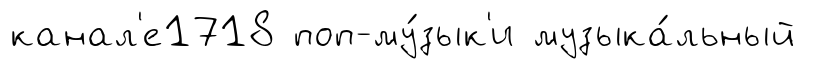
канал'е1718 поп-му́зык'и музыка́льный